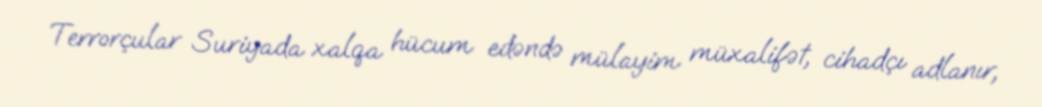
Terrorçular Suriyada xalqa hücum edəndə mülayim müxalifət, cihadçı adlanır,